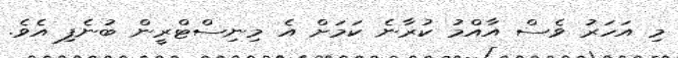
މި އަހަރު ވެސް އާއްމު ކުރާނެ ކަމަށް އެ މިނިސްޓްރީން ބުނެފި އެވެ.